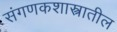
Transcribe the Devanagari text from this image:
संगणकशास्त्रातील